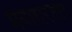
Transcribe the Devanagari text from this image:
प्रयासरतस